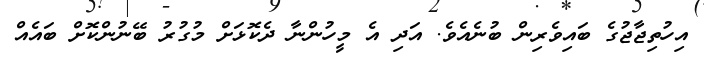
އިހުތިޖާޖުގެ ބައިވެރިން ބުނެއެވެ. އަދި އެ މީހުންނާ ދެކޮޅަށް މުގުރު ބޭނުންކޮށް ބައެއް